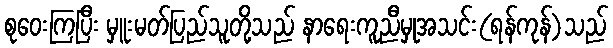
စုဝေးကြပြီး မှူးမတ်ပြည်သူတို့သည် နာရေးကူညီမှုအသင်း(ရန်ကုန်)သည်